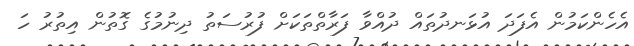
އެހެންކަމުން އެފަދަ އުޅަނދުތައް ދުއްވާ ފަރާތްތަކަށް ފުރުސަތު ދިނުމުގެ ގޮތުން އިތުރު ހަ